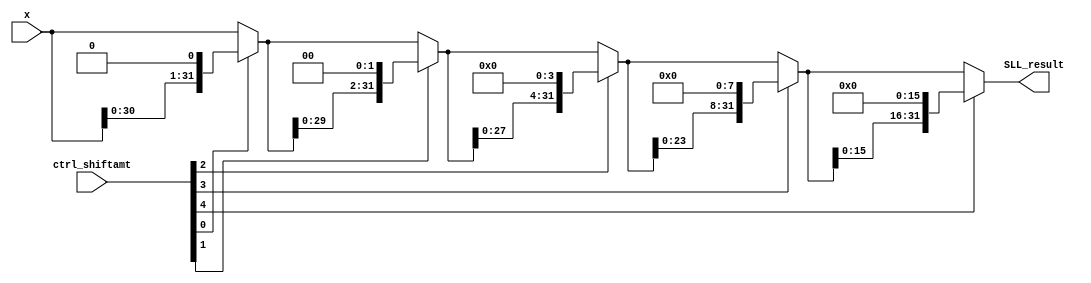
module SLL(x, ctrl_shiftamt, SLL_result);
	input [31:0] x;
	input [4:0] ctrl_shiftamt;
	
	output [31:0] SLL_result;
	wire [31:0] result0, result1, result2, result3;
	
	assign result0 = ctrl_shiftamt[0]? {x[30:0], 1'b0}:x;
	assign result1 = ctrl_shiftamt[1]? {result0[29:0], 2'b00}:result0;
	assign result2 = ctrl_shiftamt[2]? {result1[27:0], 4'b0000}:result1;
	assign result3 = ctrl_shiftamt[3]? {result2[23:0], 8'b00000000}:result2;
	assign SLL_result = ctrl_shiftamt[4]? {result3[15:0], 16'b0000000000000000}:result3;

endmodule